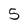
Character: 5